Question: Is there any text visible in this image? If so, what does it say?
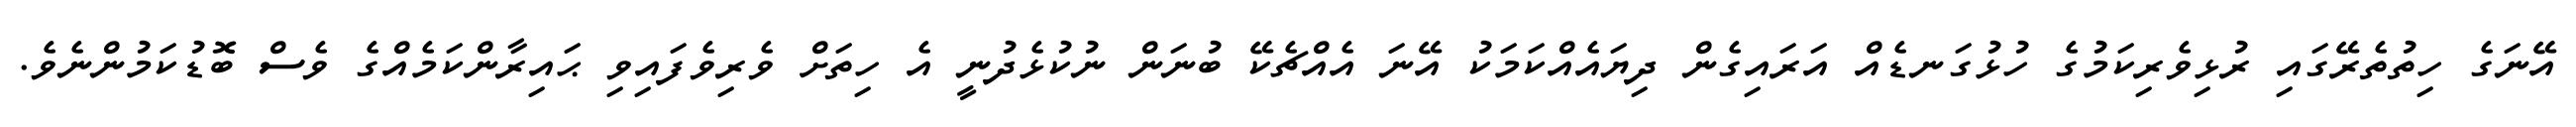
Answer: އޭނަގެ ހިތުތެރޭގައި ރުޅިވެރިކަމުގެ ހުޅުގަނޑެއް އަރައިގެން ދިޔައެއްކަމަކު އޭނަ އެއްޗެކޭ ބުނަން ނުކުޅެދުނީ އެ ހިތަށް ވެރިވެފައިވި ޙައިރާންކަމެއްގެ ވެސް ބޮޑުކަމުންނެވެ.